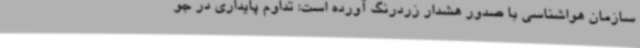
سازمان هواشناسی با صدور هشدار زردرنگ آورده است: تداوم پایداری در جو